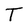
Character: T